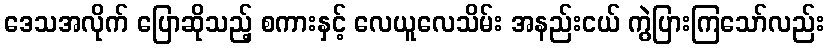
ဒေသအလိုက် ပြောဆိုသည့် စကားနှင့် လေယူလေသိမ်း အနည်းငယ် ကွဲပြားကြသော်လည်း